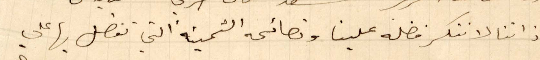
إذ اننا لا ننكر فضله علينا ونصائحه الثمينة التي تفضل بها علي